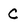
Character: C